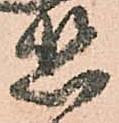
惑